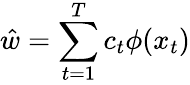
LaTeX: \hat{w}=\sum_{t=1}^{T}c_{t}\phi(x_{t})